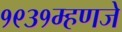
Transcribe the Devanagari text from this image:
१९३१म्हणजे